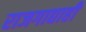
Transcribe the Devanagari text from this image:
राजगाद्याही